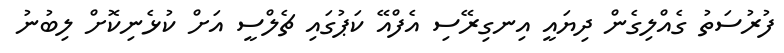
ފުރުސަތު ގެއްލިގެން ދިޔައީ އިނގިރޭސި އެފްއޭ ކަޕުގައި ޗެލްސީ އަށް ކުޅެނިކޮށް ލިބުނު